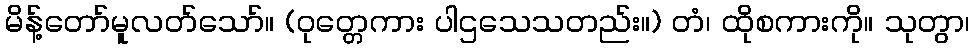
မိန့်တော်မူလတ်သော်။ (ဝုတ္တေကား ပါဌသေသတည်း။) တံ၊ ထိုစကားကို။ သုတွာ၊